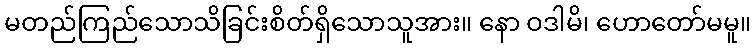
မတည်ကြည်သောသိခြင်းစိတ်ရှိသောသူအား။ နော ဝဒါမိ၊ ဟောတော်မမူ။